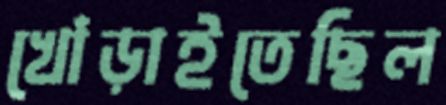
খোঁড়াইতেছিল